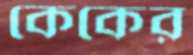
কেকের